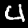
Label: 4